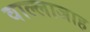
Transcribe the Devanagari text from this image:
वाल्लाजाह